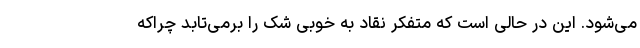
می‌شود. این در حالی است که متفکر نقاد به خوبی شک را برمی‌تابد چراکه